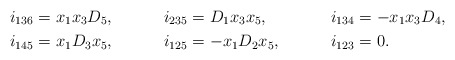
\begin{align*}i_{136} &= x_1x_3D_5, & i_{235} &= D_1x_3x_5, & i_{134} &= -x_1x_3D_4,\\i_{145} &= x_1D_3x_5, & i_{125} &= -x_1D_2x_5, & i_{123} &= 0.\end{align*}